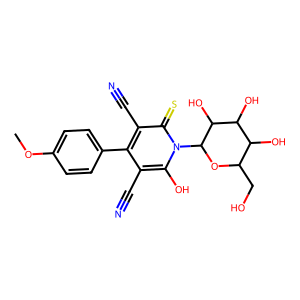
SMILES: COc1ccc(-c2c(C#N)c(O)n(C3OC(CO)C(O)C(O)C3O)c(=S)c2C#N)cc1
Inhibits HIV replication: No